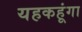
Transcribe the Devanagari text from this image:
यहकहूंगा